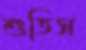
শুতিস